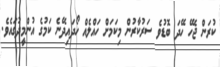
ކުރަން ޖެހޭ ހޭދަ ބޮޑުވެ ސަރުކާރުން މިކަމަށް ހައްލެއް ހޯދައިދޭނެެ ކަމުގެ އުންމީދުގައެެވެ.